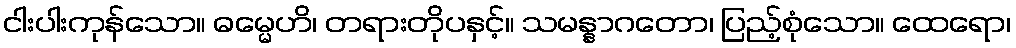
ငါးပါးကုန်သော။ ဓမ္မေဟိ၊ တရားတိုပနှင့်။ သမန္နာဂတော၊ ပြည့်စုံသော။ ထေရော၊